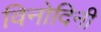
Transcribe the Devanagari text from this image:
विनोदिनी